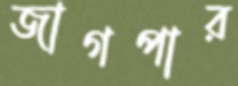
জাগপার